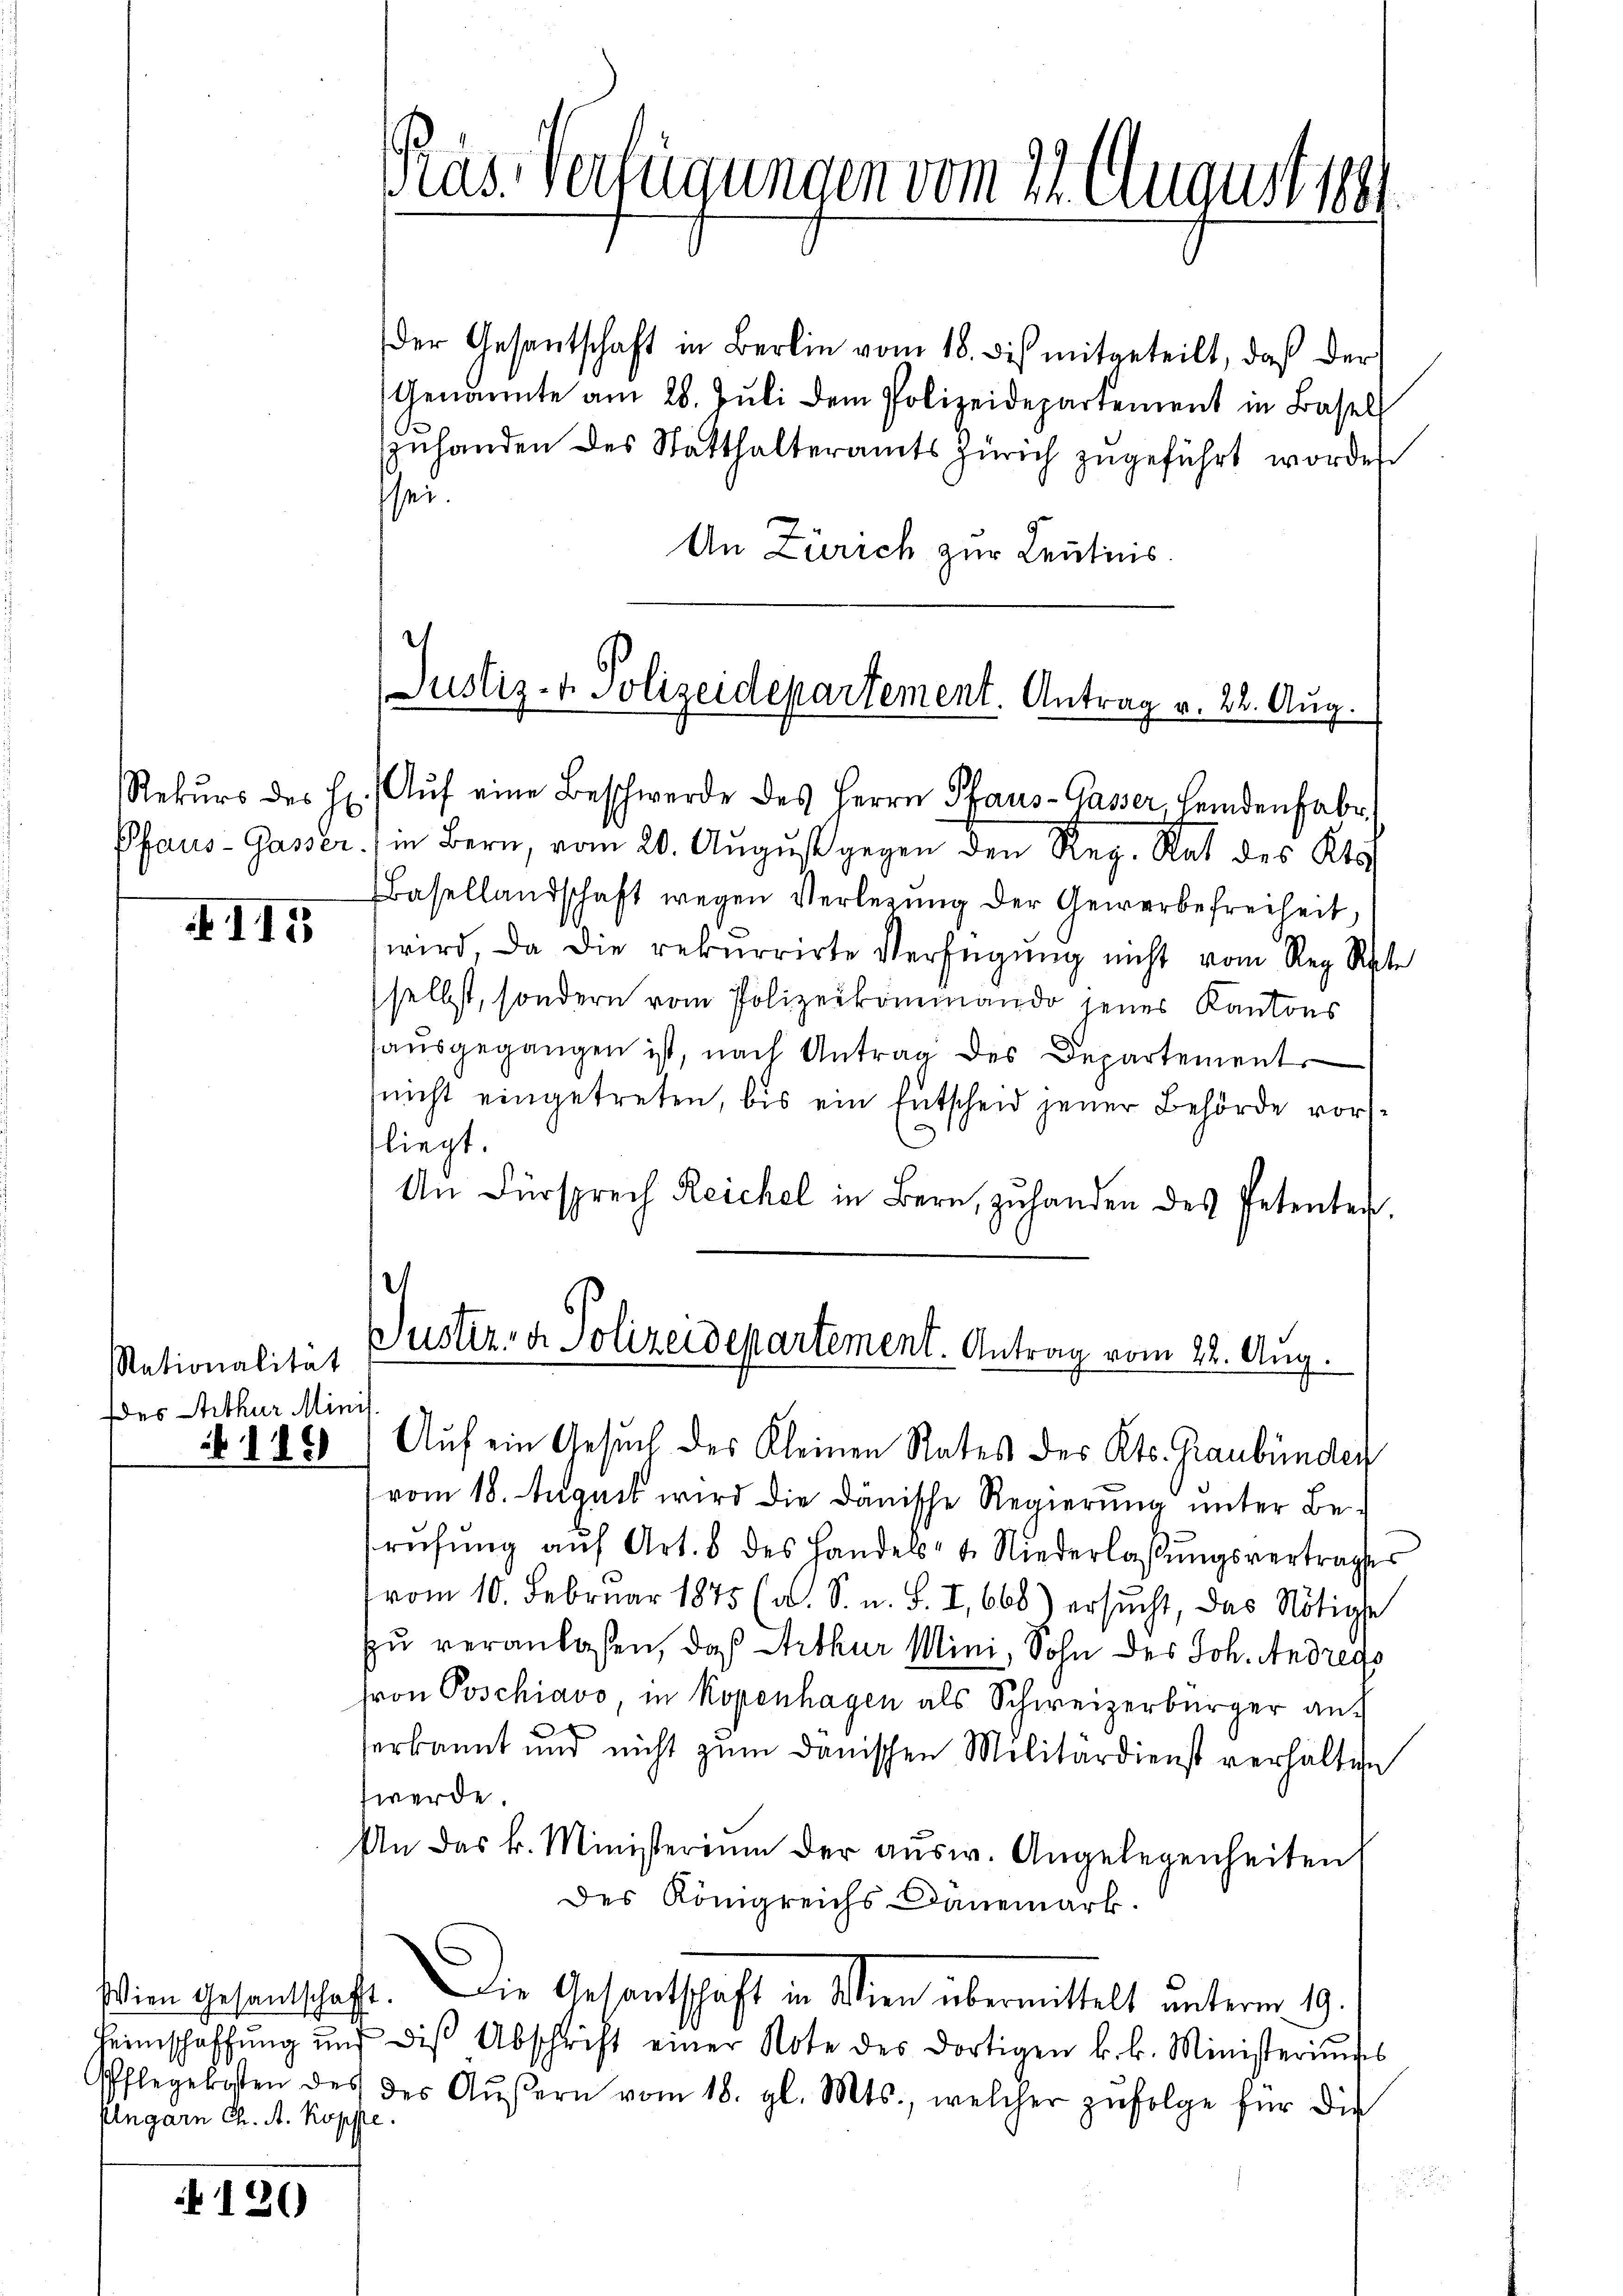
115

Nationalität
Des Arthur Minis

Ungarn Ch. A. Kopfte

120

las. Verfügungen vom 21. August 1891

der Gesantschaft in Berlin vom 18. des mitgeteilt, daß der
Genannte am 28. Jŭli dem Polizeidepartement in Basel
zuhanden des Statthalteramts Zürich zugeführt worden
sei.
An Zürich zur Leutnis.

Pfaus- Gasser. ) in Bern, vom 20. August gegen den Reg. Rat des Kts
Basellandschaft wegen Verlegŭng der Gewerbefreiheit,
wird, da die rekurrirte Verfügung nicht vom Reg. Rate
selbst, sondern vom Polizeikommando jenes Kantons
haŭsgegangen ist, nach Antrag des Departement
nicht eingetreten, bis ein Entscheid jener Behörde vorfliegt.
An Fürsprech Reichel in Bern, zuhanden des Petenten,

Justiz- & Polizeidepartement. Antrag v. 22. Aug.
Rekŭrs des H. Aŭf eine Beschwerde des Herrn Pfaus-Gasser Heidenfabr

6885) Auf ein Gesuch des Kleinen Rates des Kts. Graubünden
vom 18. August wird die Dänische Regierung unter Be-
rŭfŭng aŭf Art. 8 des Handels- & Niederlassŭngsvertrages
vom 10. Februar 1875 (a. S. u. S. I, 668) ersucht, das Nötige
u veranlaßen, daß Arthur Mini, Sohn des Joh. Andrego
ron Poschiavo in Kopenhagen als Schweizerbürger auf
serkannt und nicht zŭm danischen Militärdienst verhälten
werde.
An das k. Ministerium der aŭsw. Angelegenheiten
des Königreichs Danemark.
Wien Gesandschaft. Die Gesandtschaft in Wien übermittelt unterm 19.
Heimschaffŭng und diβ Abschrift einer Note des dortigen k. k. Ministeriums
Pflegekosten des des Aŭβern vom 18. gl. Mts., welcher zŭfolge für die

Justiz- & Polizeidepartement. Antrag vom 22. Aug.